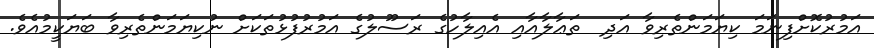
އަމުރުކޮށްފިނަމަ ކިޔަމަންތެރިވާ އަދި  ތަޢާލާއާއި އެއިލާހުގެ ރަސޫލުގެ އަމުރުފުޅުތަކަށް ނުކިޔަމަންތެރިވާ ބަޔަކީމުއެވެ.